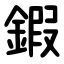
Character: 鍜